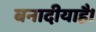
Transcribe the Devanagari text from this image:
बनादीयाहै।